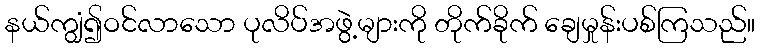
နယ်ကျွံ၍ဝင်လာသော ပုလိပ်အဖွဲ့များကို တိုက်ခိုက် ချေမှုန်းပစ်ကြသည်။